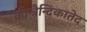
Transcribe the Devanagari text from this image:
कोन्त्रैन्दिकातेद